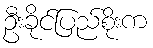
ဦးခိုင်ပြည်စိုးက